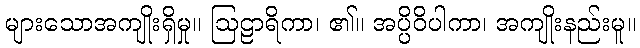
များသောအကျိုးရှိမှု။ ဩဠာရိကာ၊ ၏။ အပ္ပိဝိပါကာ၊ အကျိုးနည်းမူ။